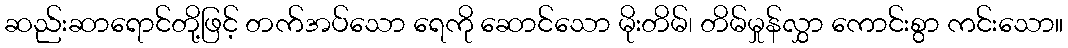
ဆည်းဆာရောင်တို့ဖြင့် တက်အပ်သော ရေကို ဆောင်သော မိုးတိမ်၊ တိမ်မှုန်လွှာ ကောင်းစွာ ကင်းသော။